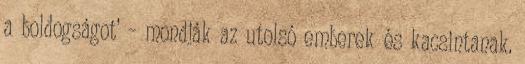
a boldogságot’ – mondják az utolsó emberek és kacsintanak.